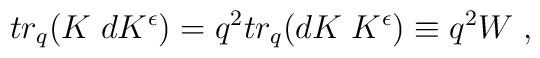
tr_{q} (K\;dK^{\epsilon}) = q^{2} tr_{q} (dK\;K^{\epsilon})\equiv q^{2} W \;,